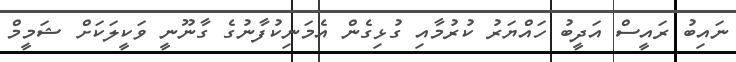
ނައިބު ރައީސް އަދީބު ހައްޔަރު ކުރުމާއި ގުޅިގެން އެމަނިކުފާނުގެ ގާނޫނީ ވަކީލަކަށް ޝަމީމް